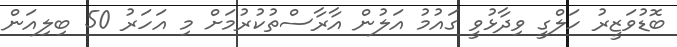
ބޮޑުވަޒީރު ހަލްގީ ވިދާޅުވީ ގައުމު އަލުން އާރާސްތުކުރުމަށް މި އަހަރު 50 ބިލިއަން